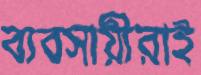
ব্যবসায়ীরাই